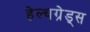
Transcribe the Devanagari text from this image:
हेल्थग्रेड्स